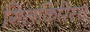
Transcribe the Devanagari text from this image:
गिलकिरिस्त